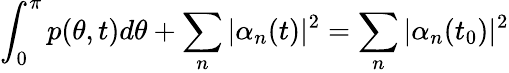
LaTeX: \int_{0}^{\pi}p(\theta,t)d\theta+\sum_{n}\vert\alpha_{n}(t)\vert^{2}=\sum_{n}\vert\alpha_{n}(t_{0})\vert^{2}